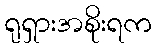
ရုရှားအစိုးရက